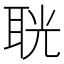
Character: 𦕤